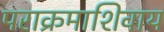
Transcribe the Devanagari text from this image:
पराक्रमाशिवाय